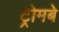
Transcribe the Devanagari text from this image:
ट्रोमबे